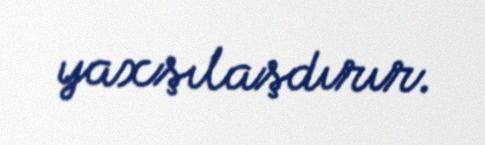
yaxşılaşdırır.